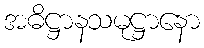
အဓိဋ္ဌာနသမုဋ္ဌာနော